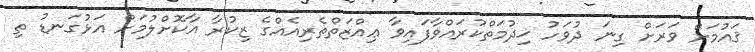
ޤައުމަށް ވަރަށް ގިނަ ދުވަހު ޚިދުމަތްކުރައްވާފައިވާ ޢިއްޒަތްތެރިއެއްގެ ޒިކުރާ އާކޮށްލުމަށް އަޅުގަނޑު ތި